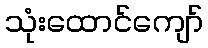
သုံးထောင်ကျော်